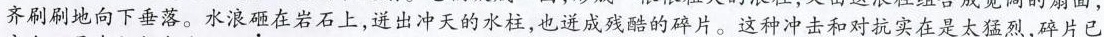
齐刷刷地向下垂落。水浪砸在岩石上，迸出冲天的水柱，也迸成残酷的碎片。这种冲击和对抗实在是太猛烈，碎片已